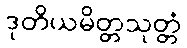
ဒုတိယမိတ္တသုတ္တံ